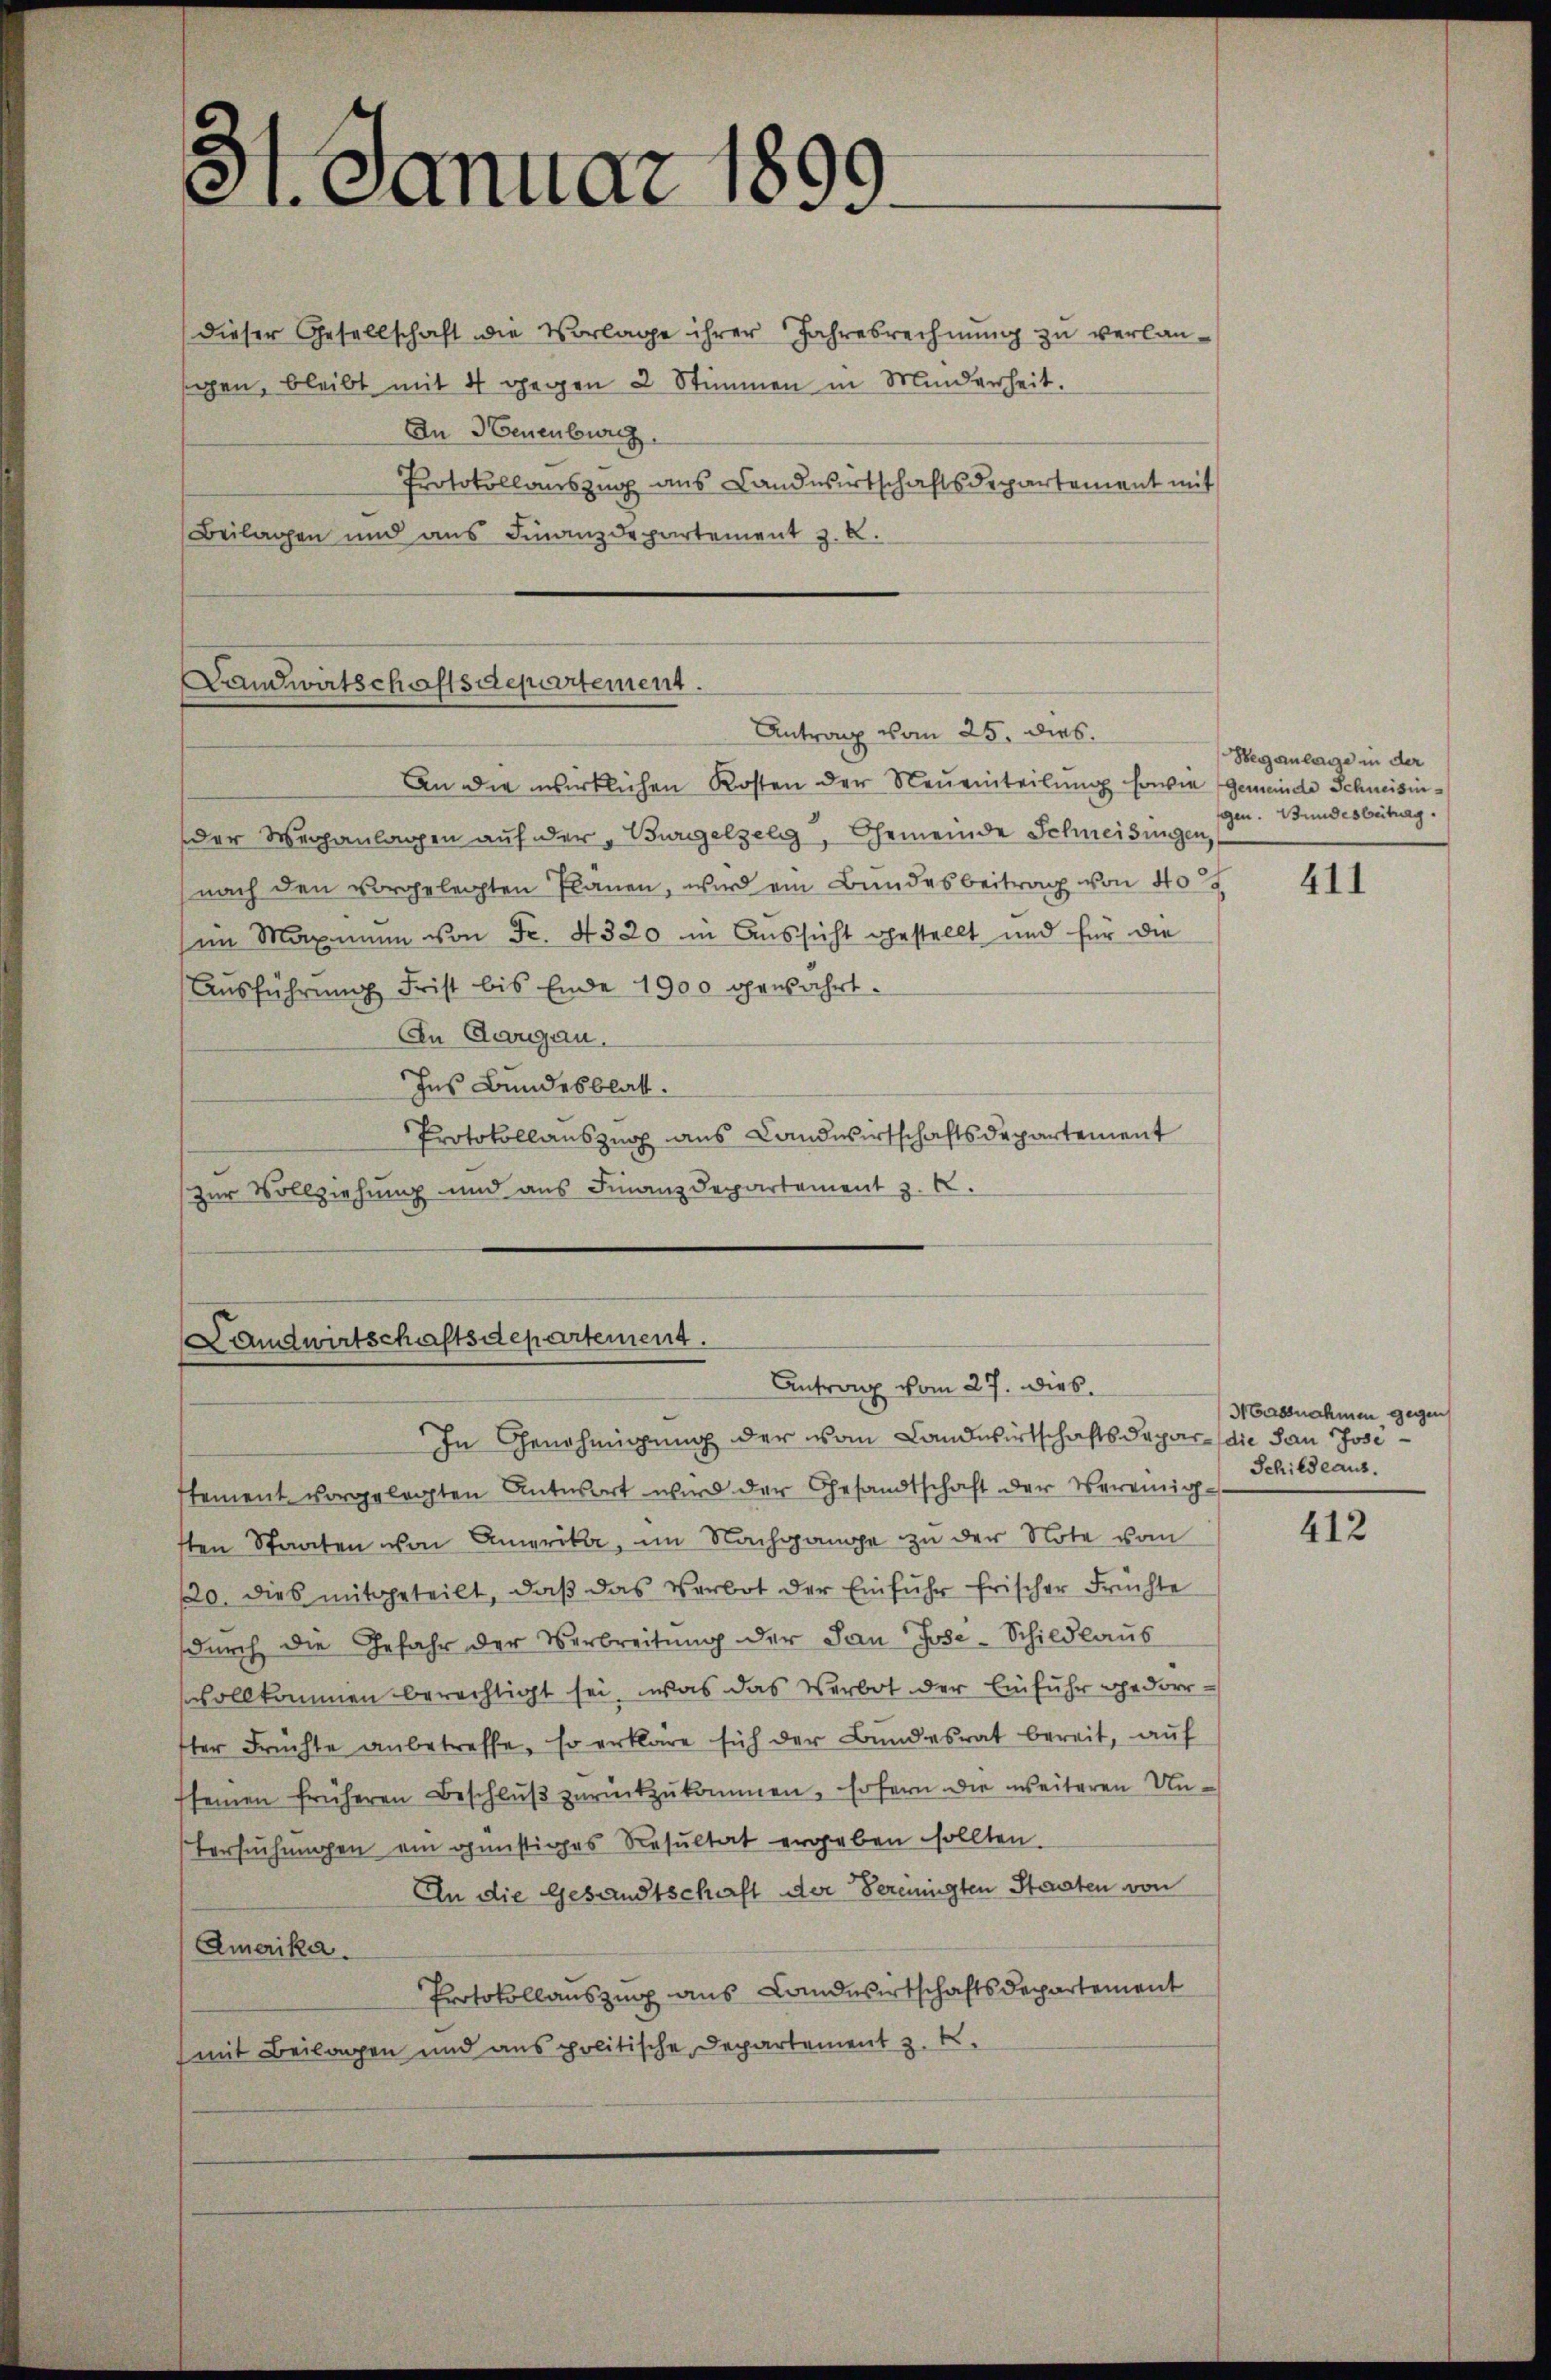
31. Januar 1899.

dieser Gesellschaft die Vorlage ihrer Jahresrechnung zu verlangen, bleibt mit 4 gegen 2 Stimmen in Minderheit,
An Neuenburg
Protokollauszug aus Landwirtschaftsdepartement mit
Beilagen und aus Finanzdepartement z. B.

Landwirtschaftsdepartement.

An die wirklichen Kosten der Neueinteilŭng sowie Gemeinde Schneisinder Weranlagen auf der „Burgelzelg, Gemeinde Schneidungen,
(nach den vorgelegten Planen, wird ein Bundesbeitrag von 40
im Maximum von Fr. 4320 in Aussicht gestellt und für die
Aŭsführŭng Frist bis Ende 1900 gewahrt.
An Aargau.
Ins Bundesblatt.
Protokollauszug aus Landwirtschaftsdepartement
zur Vollziehung und aus Finanzdepartement z. B.

Antrag vom 25. dies

Landwirtschaftsdepartement.
Antrag vom 27. Dieb.

In Genehmigung der vom Landwirtschaftsdepar- die dan Jose
sement vorgelegten Antwort wird der Gesandtschaft der Vereinig-
sten Staaten von Amerika, im Nachgange zu der Note vom
/20. dies mitgeteilt, daβ das Verbot der Einführ frischer Früchte
dŭrch die Gefahr der Verbreitŭng der San Jose-Schildlaŭs
svollkommen berechtigt sei, was das Verbot der Einfuhr gedorrter Früchte anbetreffe, so erkläre sich der Bundesrat bereit, aŭf
seinen früheren Beschlŭβ zŭrückzŭkommen. Er fern die weiteren Un¬
Versuchungen ein günstiges Resultat ergeben sollten.
An die Gesandtschaft der bereinigten Staaten von
Amerika.
Protokollauszug aus Landwirtschaftsdepartement
(mit Beilagen und aus politische Departement z. B.

Beganlage in der
gen. Bundesbeitrag

411

Massnahmen gegen
Schildeaus.

412